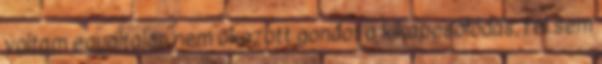
voltam egyáltalán nem okozott gondot a kikapcsolódás, fel sem